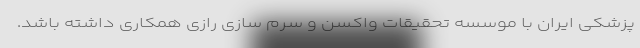
پزشکی ایران با موسسه تحقیقات واکسن و سرم سازی رازی همکاری داشته باشد.